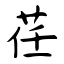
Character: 荏